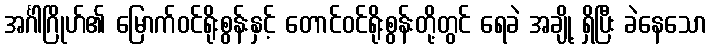
အင်္ဂါဂြိုဟ်၏ မြောက်ဝင်ရိုးစွန်းနှင့် တောင်ဝင်ရိုးစွန်းတို့တွင် ရေခဲ အချို့ ရှိပြီး ခဲနေသော